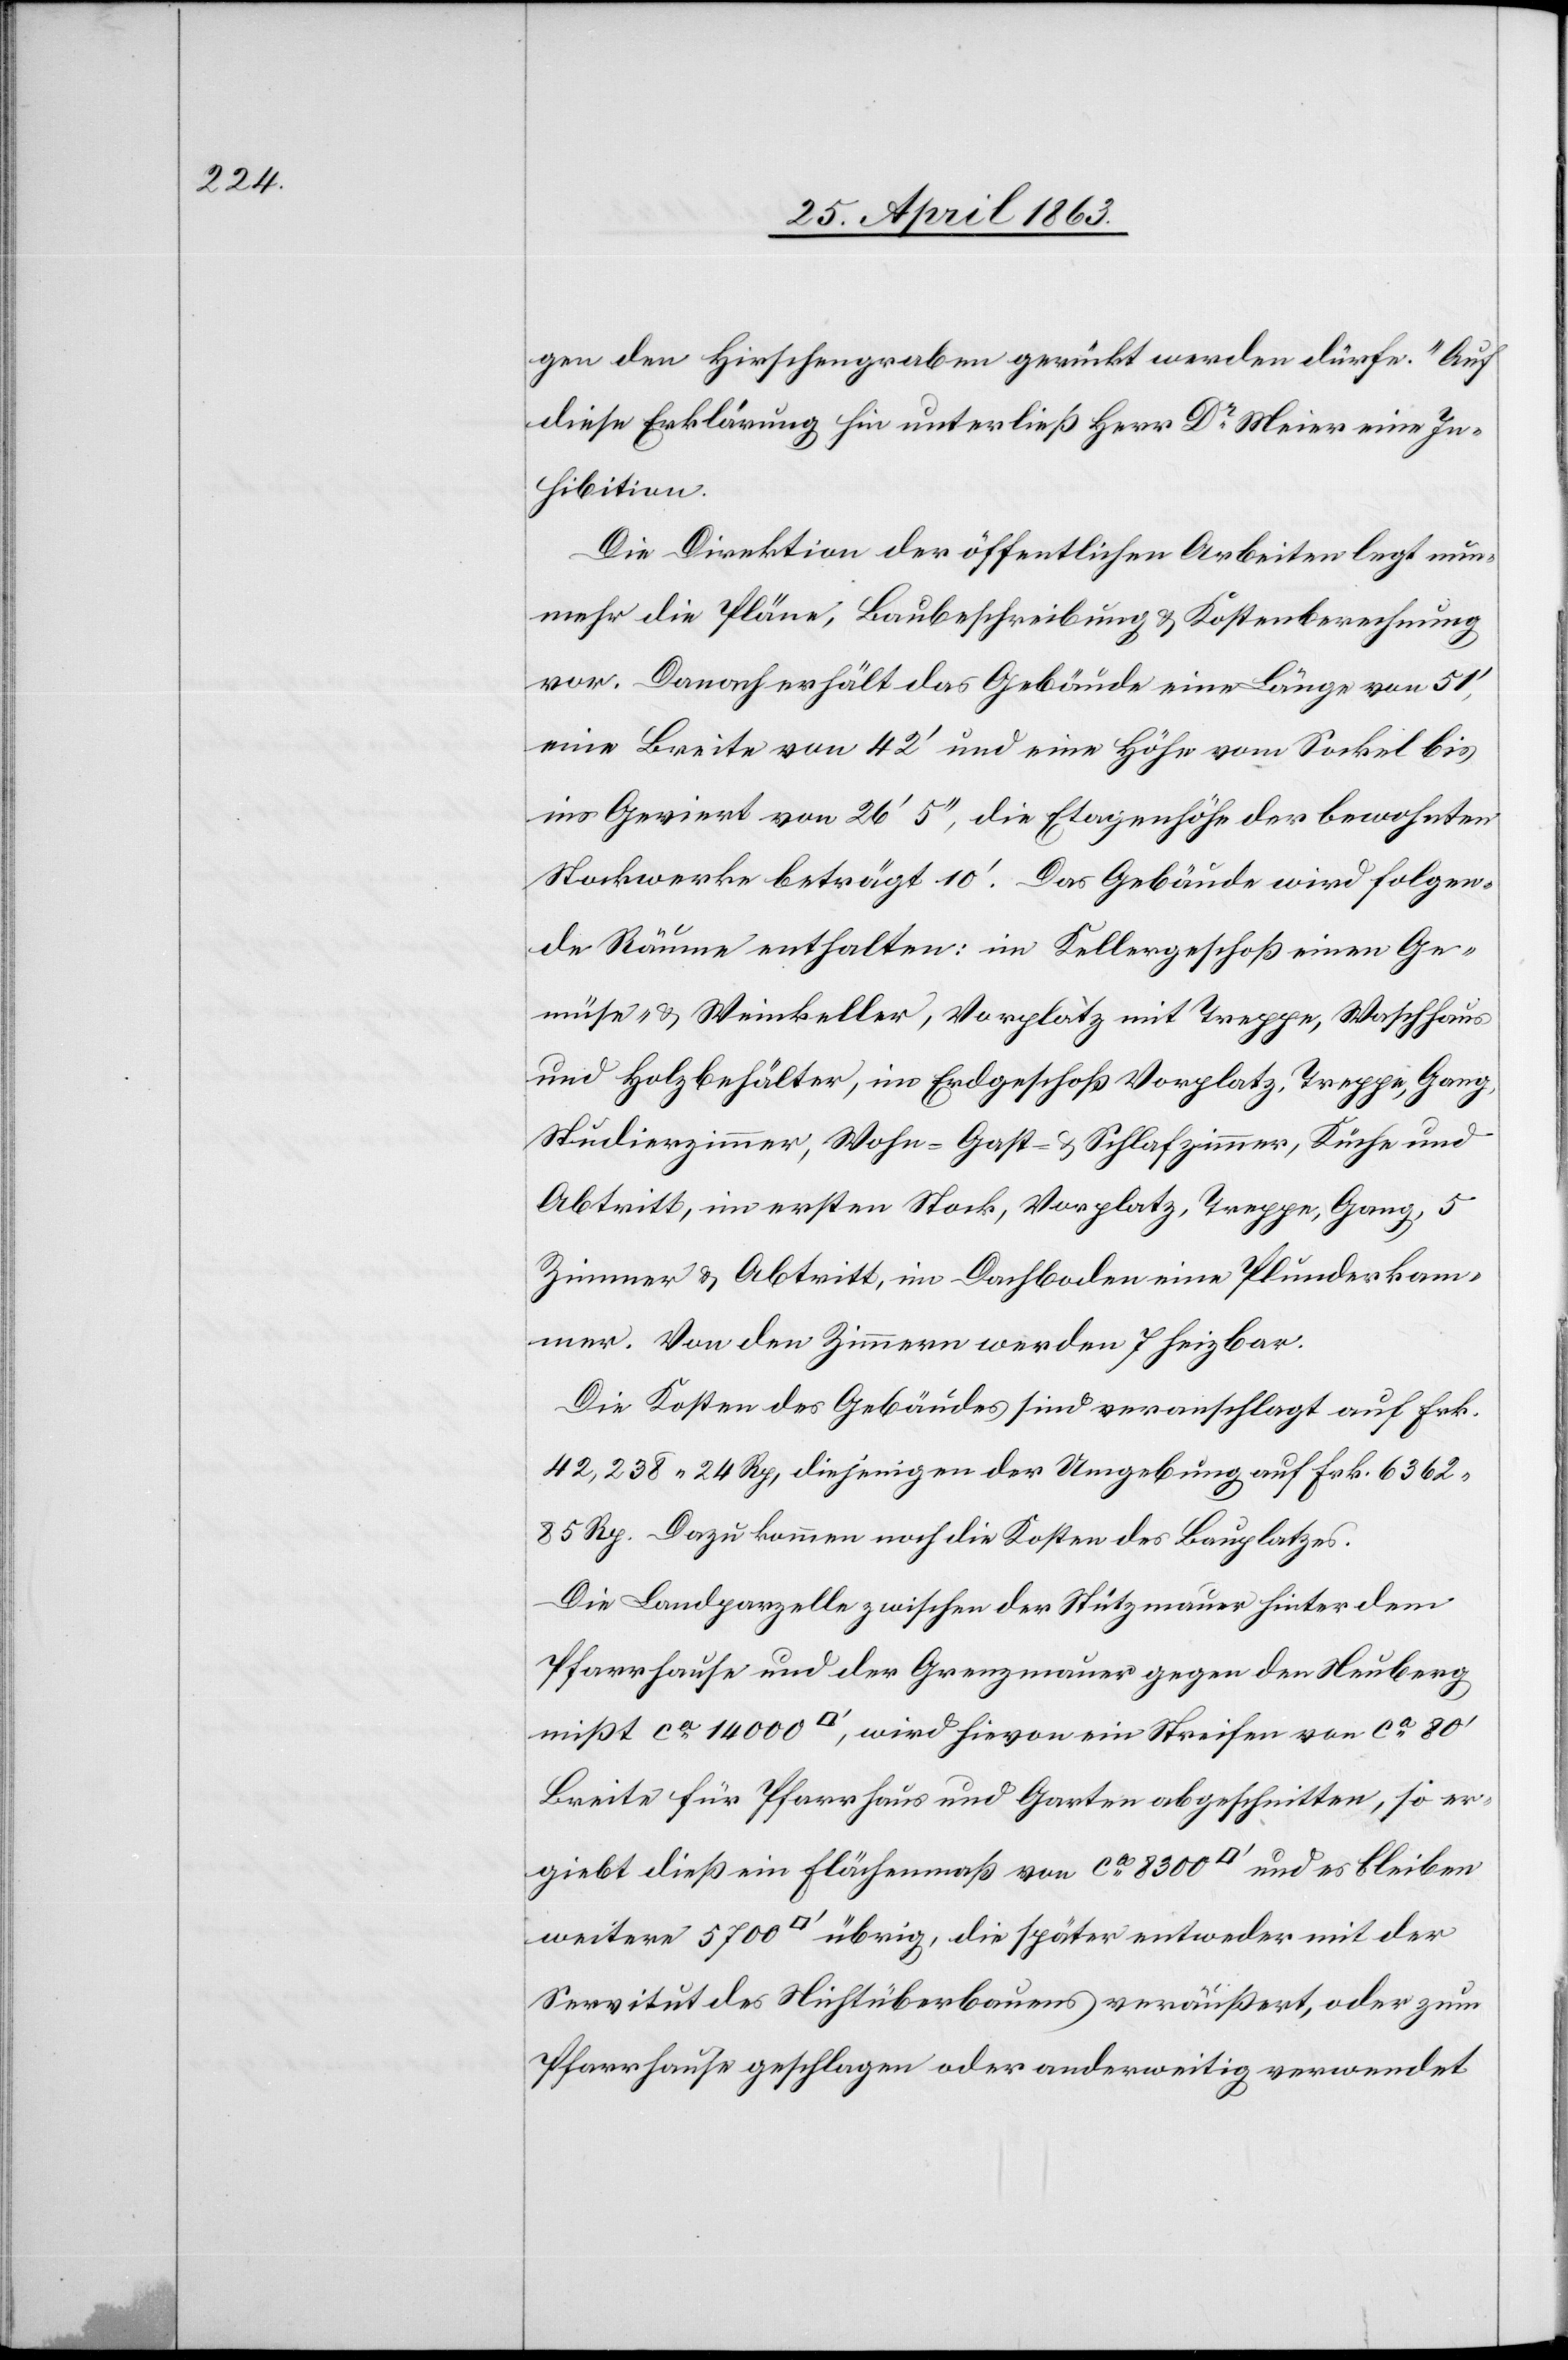
gen den Hirschengraben gerückt werden dürfe.“ Auf
diese Erklärung hin unterließ Herr Dr Meier eine In¬
hibition.
Die Direktion der öffentlichen Arbeiten legt nun¬
mehr die Pläne, Baubeschreibung & Kostenberechnung
vor. Danach erhält das Gebäude eine Länge von 51',
eine Breite von 42' und eine Höhe vom Sockel bis
ins Geviert von 26' 5'', die Etagenhöhe der bewohnten
Stockwerke beträgt 10'. Das Gebäude wird folgen¬
de Räume enthalten: im Kellergeschoß einen Ge¬
müse- & Weinkeller, Vorplatz mit Treppe, Waschhaus
und Holzbehälter, im Erdgeschoß Vorplatz, Treppe, Gang,
Studierzimmer, Wohn-[,] Gast- & Schlafzimmer, Küche und
Abtritt, im ersten Stock, Vorplatz, Treppe, Gang, 5
Zimmer & Abtritt, im Dachboden eine Plunderkam¬
mer. Von den Zimmern werden 7 heizbar.
Die Kosten des Gebäudes sind veranschlagt auf Frk.
42,238. 24 Rp, diejenigen der Umgebung auf Frk. 6362.
85 Rp. Dazu kommen noch die Kosten des Bauplatzes.
Die Landparzelle zwischen der Stützmauer hinter dem
Pfarrhause und der Grenzmauer gegen den Neuberg
mißt ca 14 000 [Quadratfuss], wird hievon ein Streifen von ca 80'
Breite für Pfarrhaus und Garten abgeschnitten, so er¬
giebt dieß ein Flächenmaß von ca 8300 [Quadratfuss] und es bleiben
weitere 5700 [Quadratfuss] übrig, die später entweder mit der
Servitut des Nichtüberbauens veräußert, oder zum
Pfarrhause geschlagen oder anderweitig verwendet